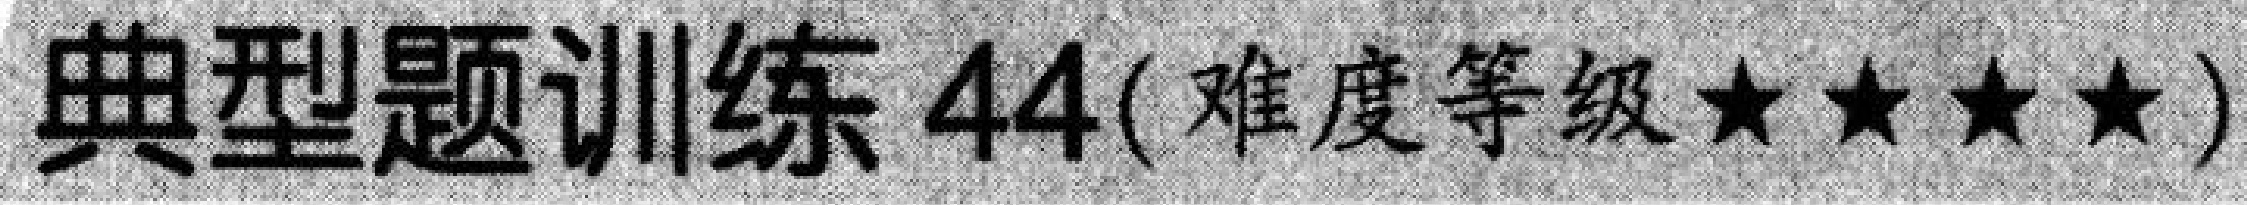
典型题训练 \(44\)(难度等级\(\star\star\star\star\))